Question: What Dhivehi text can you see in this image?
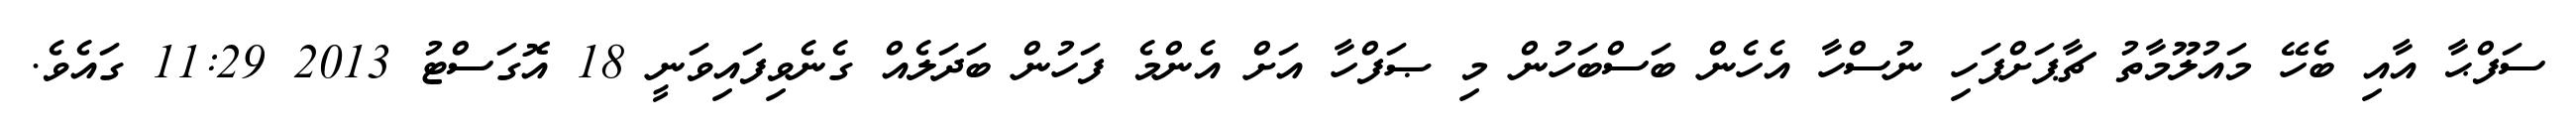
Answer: ސަފްޙާ އާއި ބެހޭ މައުލޫމާތު ޗާޕަށްފަހި ނުސްހާ އެހެން ބަސްބަހުން މި ޞަފްހާ އަށް އެންމެ ފަހުން ބަދަލެއް ގެނެވިފައިވަނީ 18 އޮގަސްޓު 2013 11:29 ގައެވެ.